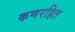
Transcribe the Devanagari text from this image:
कणरहित